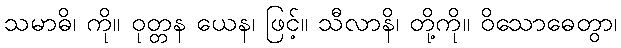
သမာဓိ၊ ကို။ ဝုတ္တန ယေန၊ ဖြင့်။ သီလာနိ၊ တို့ကို။ ဝိသောဓေတွာ၊